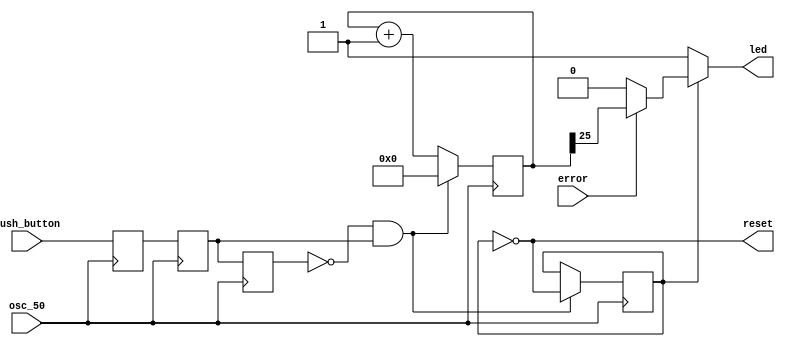
/*
 * Copyright (c) 2006, Peter M. Chen.  All rights reserved.  This software is
 * supplied as is without expressed or implied warranties of any kind.
 */

/*
 * Maintains and displays the value of the reset signal.
 * Initialized to 1; push button toggles it.  Blinks if there's
 * an error and is not in reset.
 */
module reset_toggle(
    input wire osc_50,
    input wire push_button,
    input wire error,
    output reg reset,
    output reg led);

    reg push_button_last, push_button_last1, push_button_last2;
    reg [25:0] counter;

    /*
     * Force power-up value to be 0.
     */
    (* altera_attribute = "-name POWER_UP_LEVEL LOW" *) reg reset_n;

    /*
     * Toggle reset on positive edges of push button (synchronized to OSC_50).
     */
    always @(posedge osc_50) begin
        push_button_last2 <= push_button_last1;
        push_button_last1 <= push_button_last;
        push_button_last <= push_button;
        if (push_button_last2 == 1'b0 && push_button_last1 == 1'b1) begin
            reset_n <= ~reset_n;
            counter <= 26'h0;
        end else begin
            counter <= counter + 26'h1;
        end
    end

    always @* begin
        reset = ~reset_n;

        if (reset == 1'b1) begin
            led = 1'b1;
        end else if (error == 1'b1) begin
            /*
             * Blink if there's an error (and not in reset).
             */
            led = counter[25];
        end else begin
            led = 1'b0;
        end
    end

endmodule